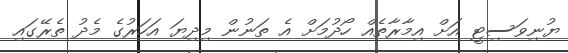
ޔުނިވަސިޓީ އަށް އިމާރާތެއް ހޯދުމަށް އެ ތަނުން މިދިޔަ އަހަރުގެ މެދު ތެރޭގައި